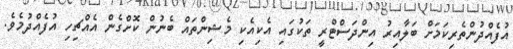
އުފެއްދުންތެރިކަމަށް ބަލާއިރު އިންދަސްޓްރީ ތަކުގައި އެކިއެކި މެޝިންތައް ބެނުން ކޮށްގެން އެއްޗިހި އުފެއްދުމެވެ.